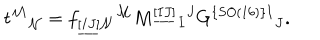
t ^ { \mathcal M } { } _ { \mathcal N } = f _ { \underline { { { [ I J ] } } } \mathcal { N } } { } ^ { \mathcal { M } } M ^ { \underline { { { [ I J ] } } } } { } _ { I } { } ^ { J } G ^ { \{ S O ( 1 6 ) \} I } { } _ { J } .